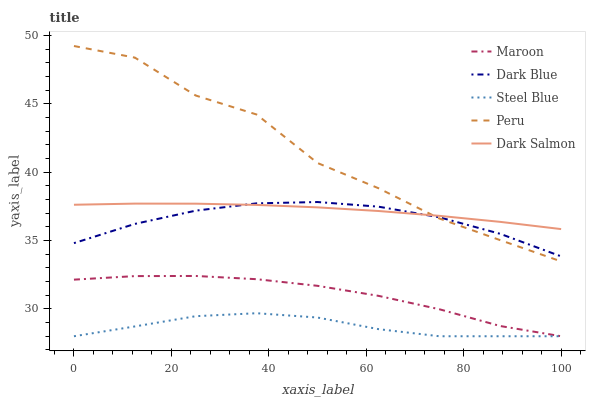
| xaxis_label | Maroon | Dark Blue | Steel Blue | Peru | Dark Salmon |
 | --- | --- | --- | --- | --- | --- |
 | 0 | 32.1 | 34.8 | 28 | 49.2 | 37.6 |
 | 12.5 | 32.4 | 36.2 | 28.7 | 48.4 | 37.7 |
 | 25 | 32.4 | 37.2 | 29.5 | 45.6 | 37.7 |
 | 37.5 | 32.2 | 37.7 | 29.7 | 44.2 | 37.6 |
 | 50 | 31.7 | 37.8 | 29.4 | 40.7 | 37.4 |
 | 62.5 | 31 | 37.5 | 28.5 | 38.8 | 37.2 |
 | 75 | 30 | 36.7 | 28 | 36.6 | 36.8 |
 | 87.5 | 28.7 | 35.5 | 28 | 35 | 36.4 |
 | 100 | 28 | 33.8 | 28 | 33.5 | 35.8 |